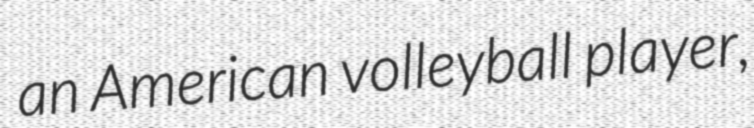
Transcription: an American volleyball player,